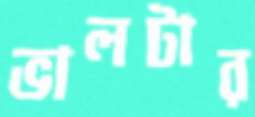
ভালটার